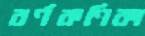
বর্ণকণিকা